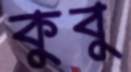
কুবু